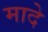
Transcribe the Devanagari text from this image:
मादे